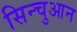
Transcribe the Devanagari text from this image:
सिन्चुआन